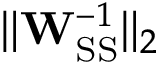
\lVert \mathbf { W } _ { \mathrm { S S } } ^ { - 1 } \rVert _ { 2 }